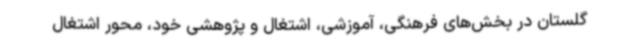
گلستان در بخش‌های فرهنگی، آموزشی، اشتغال و پژوهشی خود، محور اشتغال